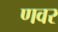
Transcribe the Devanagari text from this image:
णवर